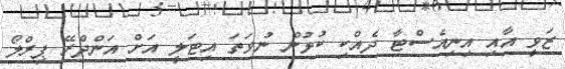
ޒަވީ އާއި އިނިއެސްޓާ ދެއްކި ކުޅުން ނުވަތަ އިޓަލީ އަށް އަންދްރޭ ޕިރްލޯ